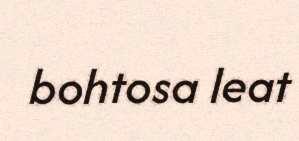
bohtosa leat